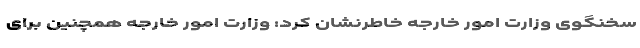
سخنگوی وزارت امور خارجه خاطرنشان کرد: وزارت امور خارجه همچنین برای